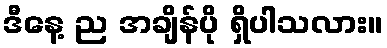
ဒီနေ့ ည အချိန်ပို ရှိပါသလား။